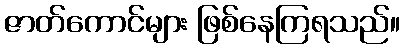
ဇာတ်ကောင်များ ဖြစ်နေကြရသည်။